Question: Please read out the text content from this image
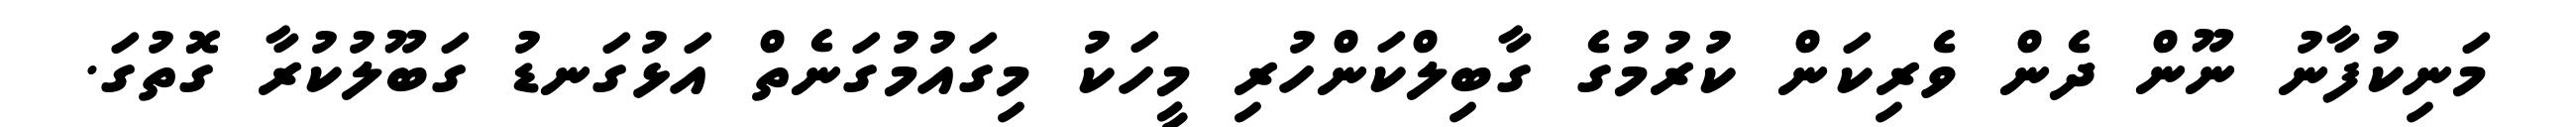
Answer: މަނިކުފާނު ނޫން ދެން ވެރިކަން ކުރުމުގެ ގާބިލްކަންހުރި މީހަކު މިގައުމުގަނެތް އަޅުގަނޑު ގަބޫލުކުރާ ގޮތުގަ.